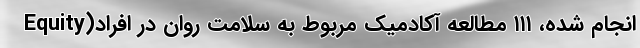
Equity)انجام شده، ۱۱۱ مطالعه آکادمیک مربوط به سلامت روان در افراد